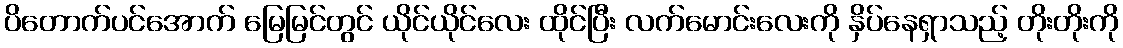
ပိတောက်ပင်အောက် မြေမြင်တွင် ယိုင်ယိုင်လေး ထိုင်ပြီး လက်မောင်းလေးကို နှိပ်နေရှာသည့် တိုးတိုးကို